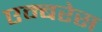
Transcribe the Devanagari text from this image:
एम्बरेस